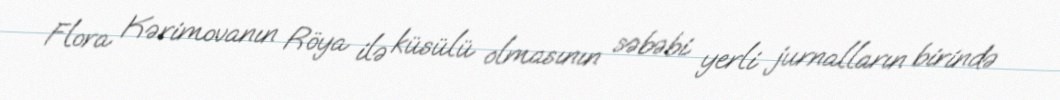
Flora Kərimovanın Röya ilə küsülü olmasının səbəbi yerli jurnalların birində